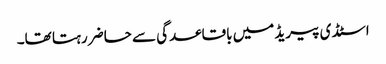
اسٹڈی پیریڈ میں باقاعدگی سے حاضر رہتا تھا۔